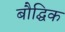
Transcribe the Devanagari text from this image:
बौद्घिक